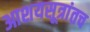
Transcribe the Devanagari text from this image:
आशयसूत्रांतच